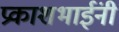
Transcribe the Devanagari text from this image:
प्रकाशभाईंनी